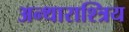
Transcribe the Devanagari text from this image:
अन्थाराश्त्रिय